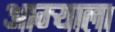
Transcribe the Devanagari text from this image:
आग्र्‍याला